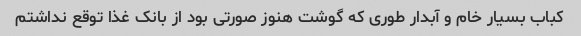
کباب بسیار خام و آبدار طوری که گوشت هنوز صورتی بود از بانک غذا توقع نداشتم